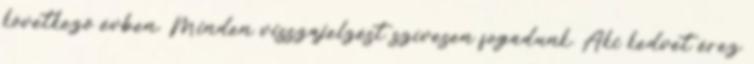
következő évben. Minden visszajelzést szívesen fogadunk. Aki kedvet érez